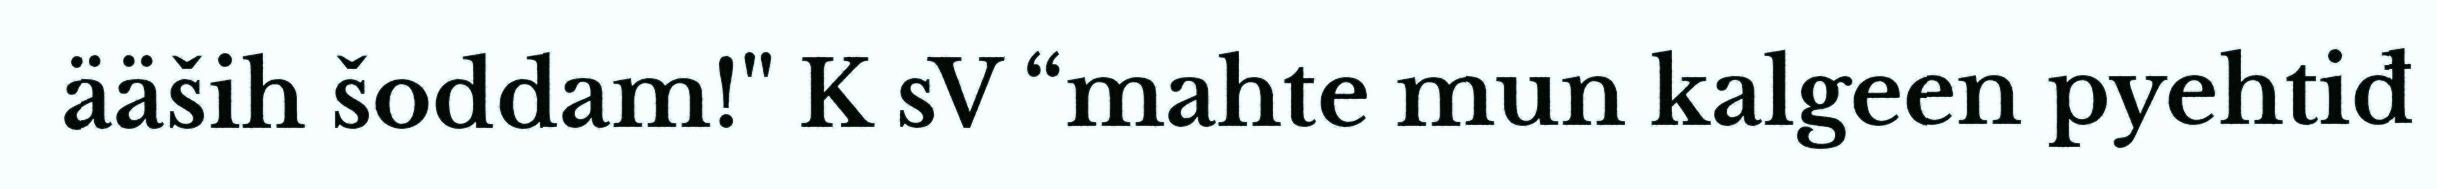
ääših šoddam!" K sV “mahte mun kalgeen pyehtiđ